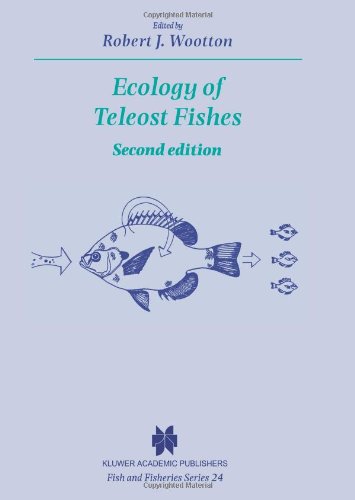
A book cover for Ecology of Teleost Fishes (Fish & Fisheries Series); Robert J. Wootton; Science & Math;